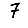
Digit: 7